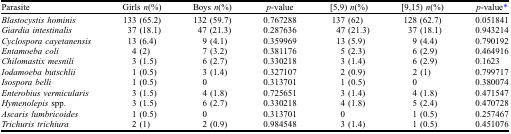
<table><thead><tr><td><b>Parasite</b></td><td><b>Girls <i>n</i>(%)</b></td><td><b>Boys <i>n</i>(%)</b></td><td><b><i>p</i>-value</b></td><td><b>[5,9) <i>n</i>(%)</b></td><td><b>[9,15) <i>n</i>(%)</b></td><td><b><i>p</i>-value*</b></td></tr></thead><tbody><tr><td><i>Blastocystis hominis</i></td><td>133 (65.2)</td><td>132 (59.7)</td><td>0.767288</td><td>137 (62)</td><td>128 (62.7)</td><td>0.051841</td></tr><tr><td><i>Giardia intestinalis</i></td><td>37 (18.1)</td><td>47 (21.3)</td><td>0.287636</td><td>47 (21.3)</td><td>37 (18.1)</td><td>0.943214</td></tr><tr><td><i>Cyclospora cayetanensis</i></td><td>13 (6.4)</td><td>9 (4.1)</td><td>0.359969</td><td>13 (5.9)</td><td>9 (4.4)</td><td>0.790192</td></tr><tr><td><i>Entamoeba coli</i></td><td>4 (2)</td><td>7 (3.2)</td><td>0.381176</td><td>5 (2.3)</td><td>6 (2.9)</td><td>0.464916</td></tr><tr><td><i>Chilomastix mesnili</i></td><td>3 (1.5)</td><td>6 (2.7)</td><td>0.330218</td><td>3 (1.4)</td><td>6 (2.9)</td><td>0.1623</td></tr><tr><td><i>Iodamoeba butschlii</i></td><td>1 (0.5)</td><td>3 (1.4)</td><td>0.327107</td><td>2 (0.9)</td><td>2 (1)</td><td>0.799717</td></tr><tr><td><i>Isospora belli</i></td><td>1 (0.5)</td><td>0</td><td>0.313701</td><td>1 (0.5)</td><td>0</td><td>0.380074</td></tr><tr><td><i>Enterobius vermicularis</i></td><td>3 (1.5)</td><td>4 (1.8)</td><td>0.725651</td><td>3 (1.4)</td><td>4 (1.8)</td><td>0.471547</td></tr><tr><td><i>Hymenolepis</i> spp.</td><td>3 (1.5)</td><td>6 (2.7)</td><td>0.330218</td><td>4 (1.8)</td><td>5 (2.4)</td><td>0.470728</td></tr><tr><td><i>Ascaris lumbricoides</i></td><td>1 (0.5)</td><td>0</td><td>0.313701</td><td>0</td><td>1 (0.5)</td><td>0.257467</td></tr><tr><td><i>Trichuris trichiura</i></td><td>2 (1)</td><td>2 (0.9)</td><td>0.984548</td><td>3 (1.4)</td><td>1 (0.5)</td><td>0.451076</td></tr></tbody></table>